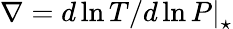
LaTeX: \nabla=\left.d\ln T/d\ln P\right|_{\star}